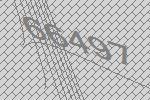
66497